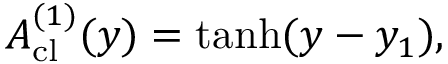
A _ { \mathrm { c l } } ^ { ( 1 ) } ( y ) = \operatorname { t a n h } ( y - y _ { 1 } ) ,